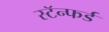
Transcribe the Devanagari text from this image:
स्टॅन्फर्ड